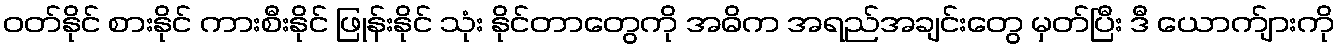
ဝတ်နိုင် စားနိုင် ကားစီးနိုင် ဖြုန်းနိုင် သုံး နိုင်တာတွေကို အဓိက အရည်အချင်းတွေ မှတ်ပြီး ဒီ ယောက်ျားကို